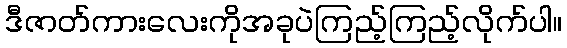
ဒီဇာတ်ကားလေးကိုအခုပဲကြည့်ကြည့်လိုက်ပါ။